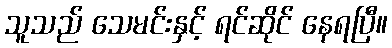
သူသည် သေမင်းနှင့် ရင်ဆိုင် နေရပြီ။